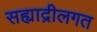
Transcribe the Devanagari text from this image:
सह्याद्रीलगत